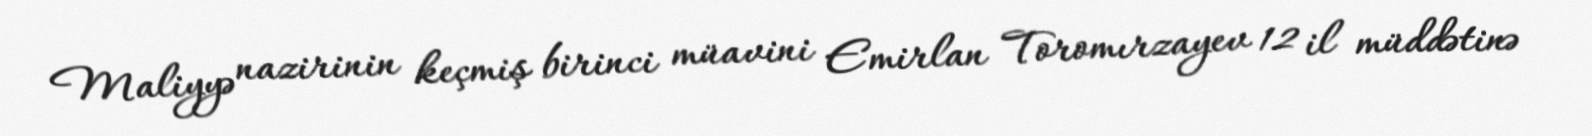
Maliyyə nazirinin keçmiş birinci müavini Emirlan Toromırzayev 12 il müddətinə